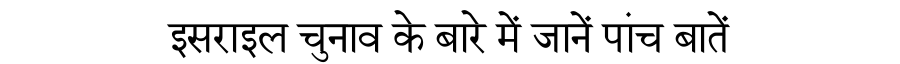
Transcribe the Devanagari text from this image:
इसराइल चुनाव के बारे में जानें पांच बातें